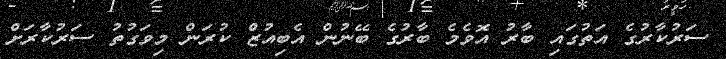
ސަރުކާރުގެ އަތުގައި ބާރު އޮވެމެ ބާރުގެ ބޭނުން އެބިއުޒް ކުރަން މިވަގުތު ސަރުކާރަށް